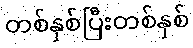
တစ်နှစ်ပြီးတစ်နှစ်